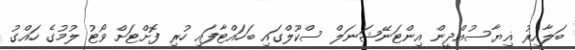
ބަލާއިރު ޣިޔާސުއްދީން އިންޓަނޭޝަނަލް ސްކޫލްގައި ބަހައްޓާފައި ހުރި ފޮށްޓަށް ވޯޓު ލުމުގެ ހައްގު